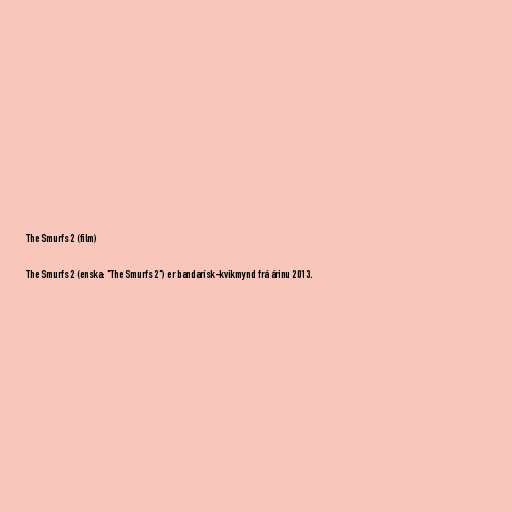
The Smurfs 2 (film)

The Smurfs 2 (enska: "The Smurfs 2") er bandarísk-kvikmynd frá árinu 2013.